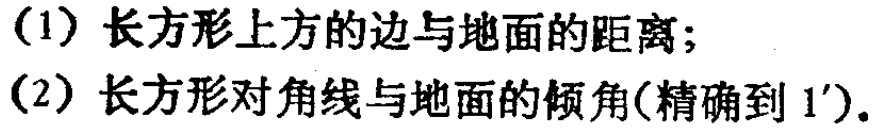
(1) 长方形上方的边与地面的距离；
(2) 长方形对角线与地面的倾角(精确到 1').